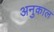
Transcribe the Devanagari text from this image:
अनुकाल